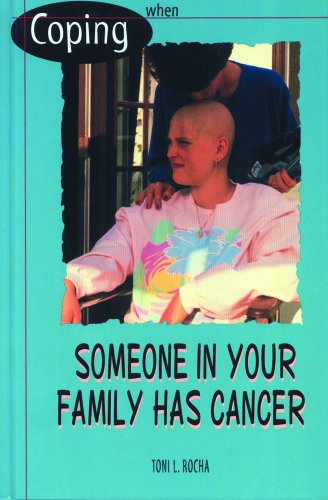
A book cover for Coping When Someone in Your Family Has Cancer; Toni L. Rocha; Teen & Young Adult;